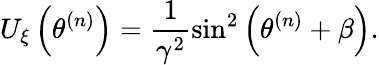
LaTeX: U_{\xi}\left(\theta^{(n)}\right)=\frac{1}{\gamma^{2}}\sin^{2}\left(\theta^{(n)}+\beta\right).